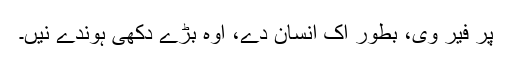
پر فیر وی، بطور اک انسان دے، اوہ بڑے دکھی ہوندے نیں۔